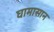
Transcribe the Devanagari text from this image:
घामासान